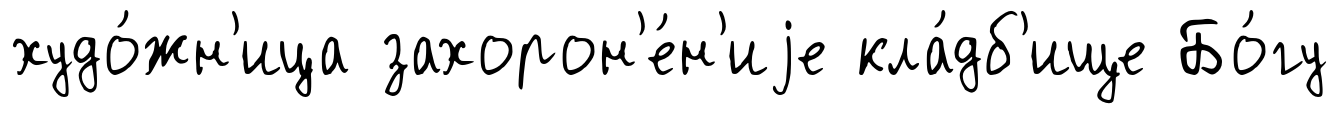
худо́жн'ица захорон'е́н'иjе кла́дб'ище Бо́гу